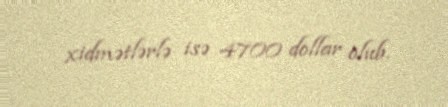
xidmətlərlə isə 4700 dollar olub.